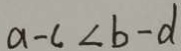
a - c < b - d